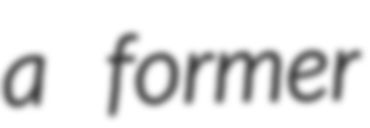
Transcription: a former